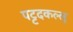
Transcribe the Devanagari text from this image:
पट्टदकल्लु